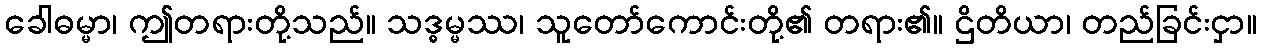
ခေါဓမ္မာ၊ ဤတရားတို့သည်။ သဒ္ဓမ္မဿ၊ သူတော်ကောင်းတို့၏ တရား၏။ ဌိတိယာ၊ တည်ခြင်းငှာ။